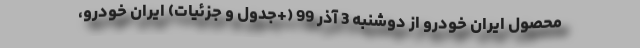
محصول ایران خودرو از دوشنبه 3 آذر 99 (+جدول و جزئیات) ایران خودرو،